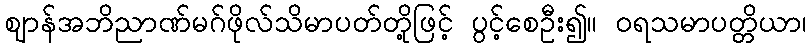
ဈာန်အဘိညာဏ်မဂ်ဖိုလ်သိမာပတ်တို့ဖြင့် ပွင့်စေဦး၍။ ဝရသမာပတ္တိယာ၊